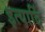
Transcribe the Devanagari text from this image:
इत्यादिं